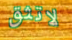
لاتثق